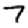
Digit: 7